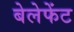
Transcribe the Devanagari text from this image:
बेलेफेंट